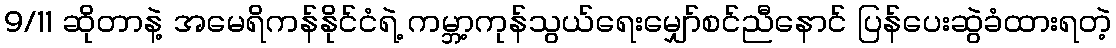
9/11 ဆိုတာနဲ့ အမေရိကန်နိုင်ငံရဲ့ ကမ္ဘာ့ကုန်သွယ်ရေးမျှော်စင်ညီနောင် ပြန်ပေးဆွဲခံထားရတဲ့